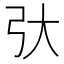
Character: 𫸥